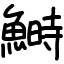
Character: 鰣